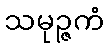
သမုဉ္ဇကံ